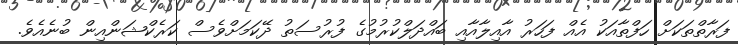
ފަރާތްތަކަށް ހަފްތާއަކު އެއް ފަހަރު އާއިލާއާއި ބައްދަލްކުރުމުގެ ފުުރުސަތު ދޭކަމަށްވެސް ކަރެކްޝަންއިން ބުނެއެވެ.